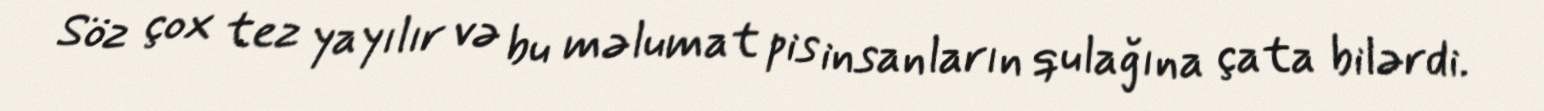
Söz çox tez yayılır və bu məlumat pis insanların qulağına çata bilərdi.